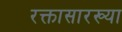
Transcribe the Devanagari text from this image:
रक्तासारख्या